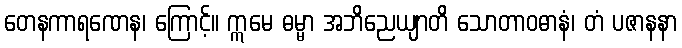
တေနကာရဏေန၊ ကြောင့်။ ဣမေ ဓမ္မာ အဘိညေယျာတိ သောတာဝဓာနံ၊ တံ ပဇာနနာ